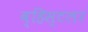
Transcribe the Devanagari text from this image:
व्हिस्टलर